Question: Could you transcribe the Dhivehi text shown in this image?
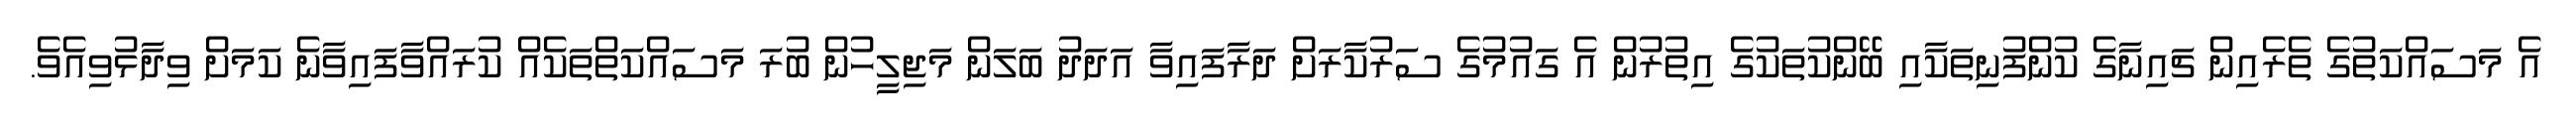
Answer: އެ މަސައްކަތުގެ ތެރެއިން ޗައިނާގެ ކުންފުނިތަކާއި ބޭންކުތަކުގެ އިތުރުން އެ ގައުމުގެ ސަރުކާރަށް ދަރާފައިވާ އަދަދު ބަލަން މަޖިލީހުން ބުރަ މަސައްކަތްތަކެއް ކުރައްވާފައިވާނެ ކަމަށް ވިދާޅުވިއެވެ.